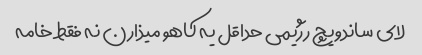
لای ساندویچ رژیمی حداقل یه کاهو میذارن نه فقط خامه